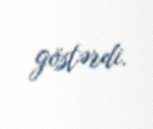
göstərdi.